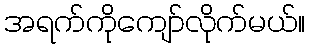
အရက်ကိုကျော်လိုက်မယ်။